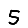
Digit: 5